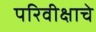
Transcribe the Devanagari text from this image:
परिवीक्षाचे